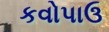
કવોપાઉ